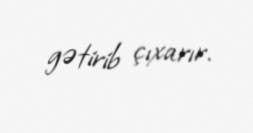
gətirib çıxarır.